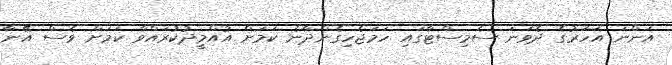
އަންނަ އަހަރުގެ ދެވަނަ ސެމިސްޓާގައި ހަމަޖެހިގެންދާނެ ކަމަށް އުއްމީދުކުރައްވާ ކަމަށް ވެސް އޭނާ